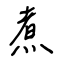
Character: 煮